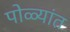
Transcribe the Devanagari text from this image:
पोळ्यांत